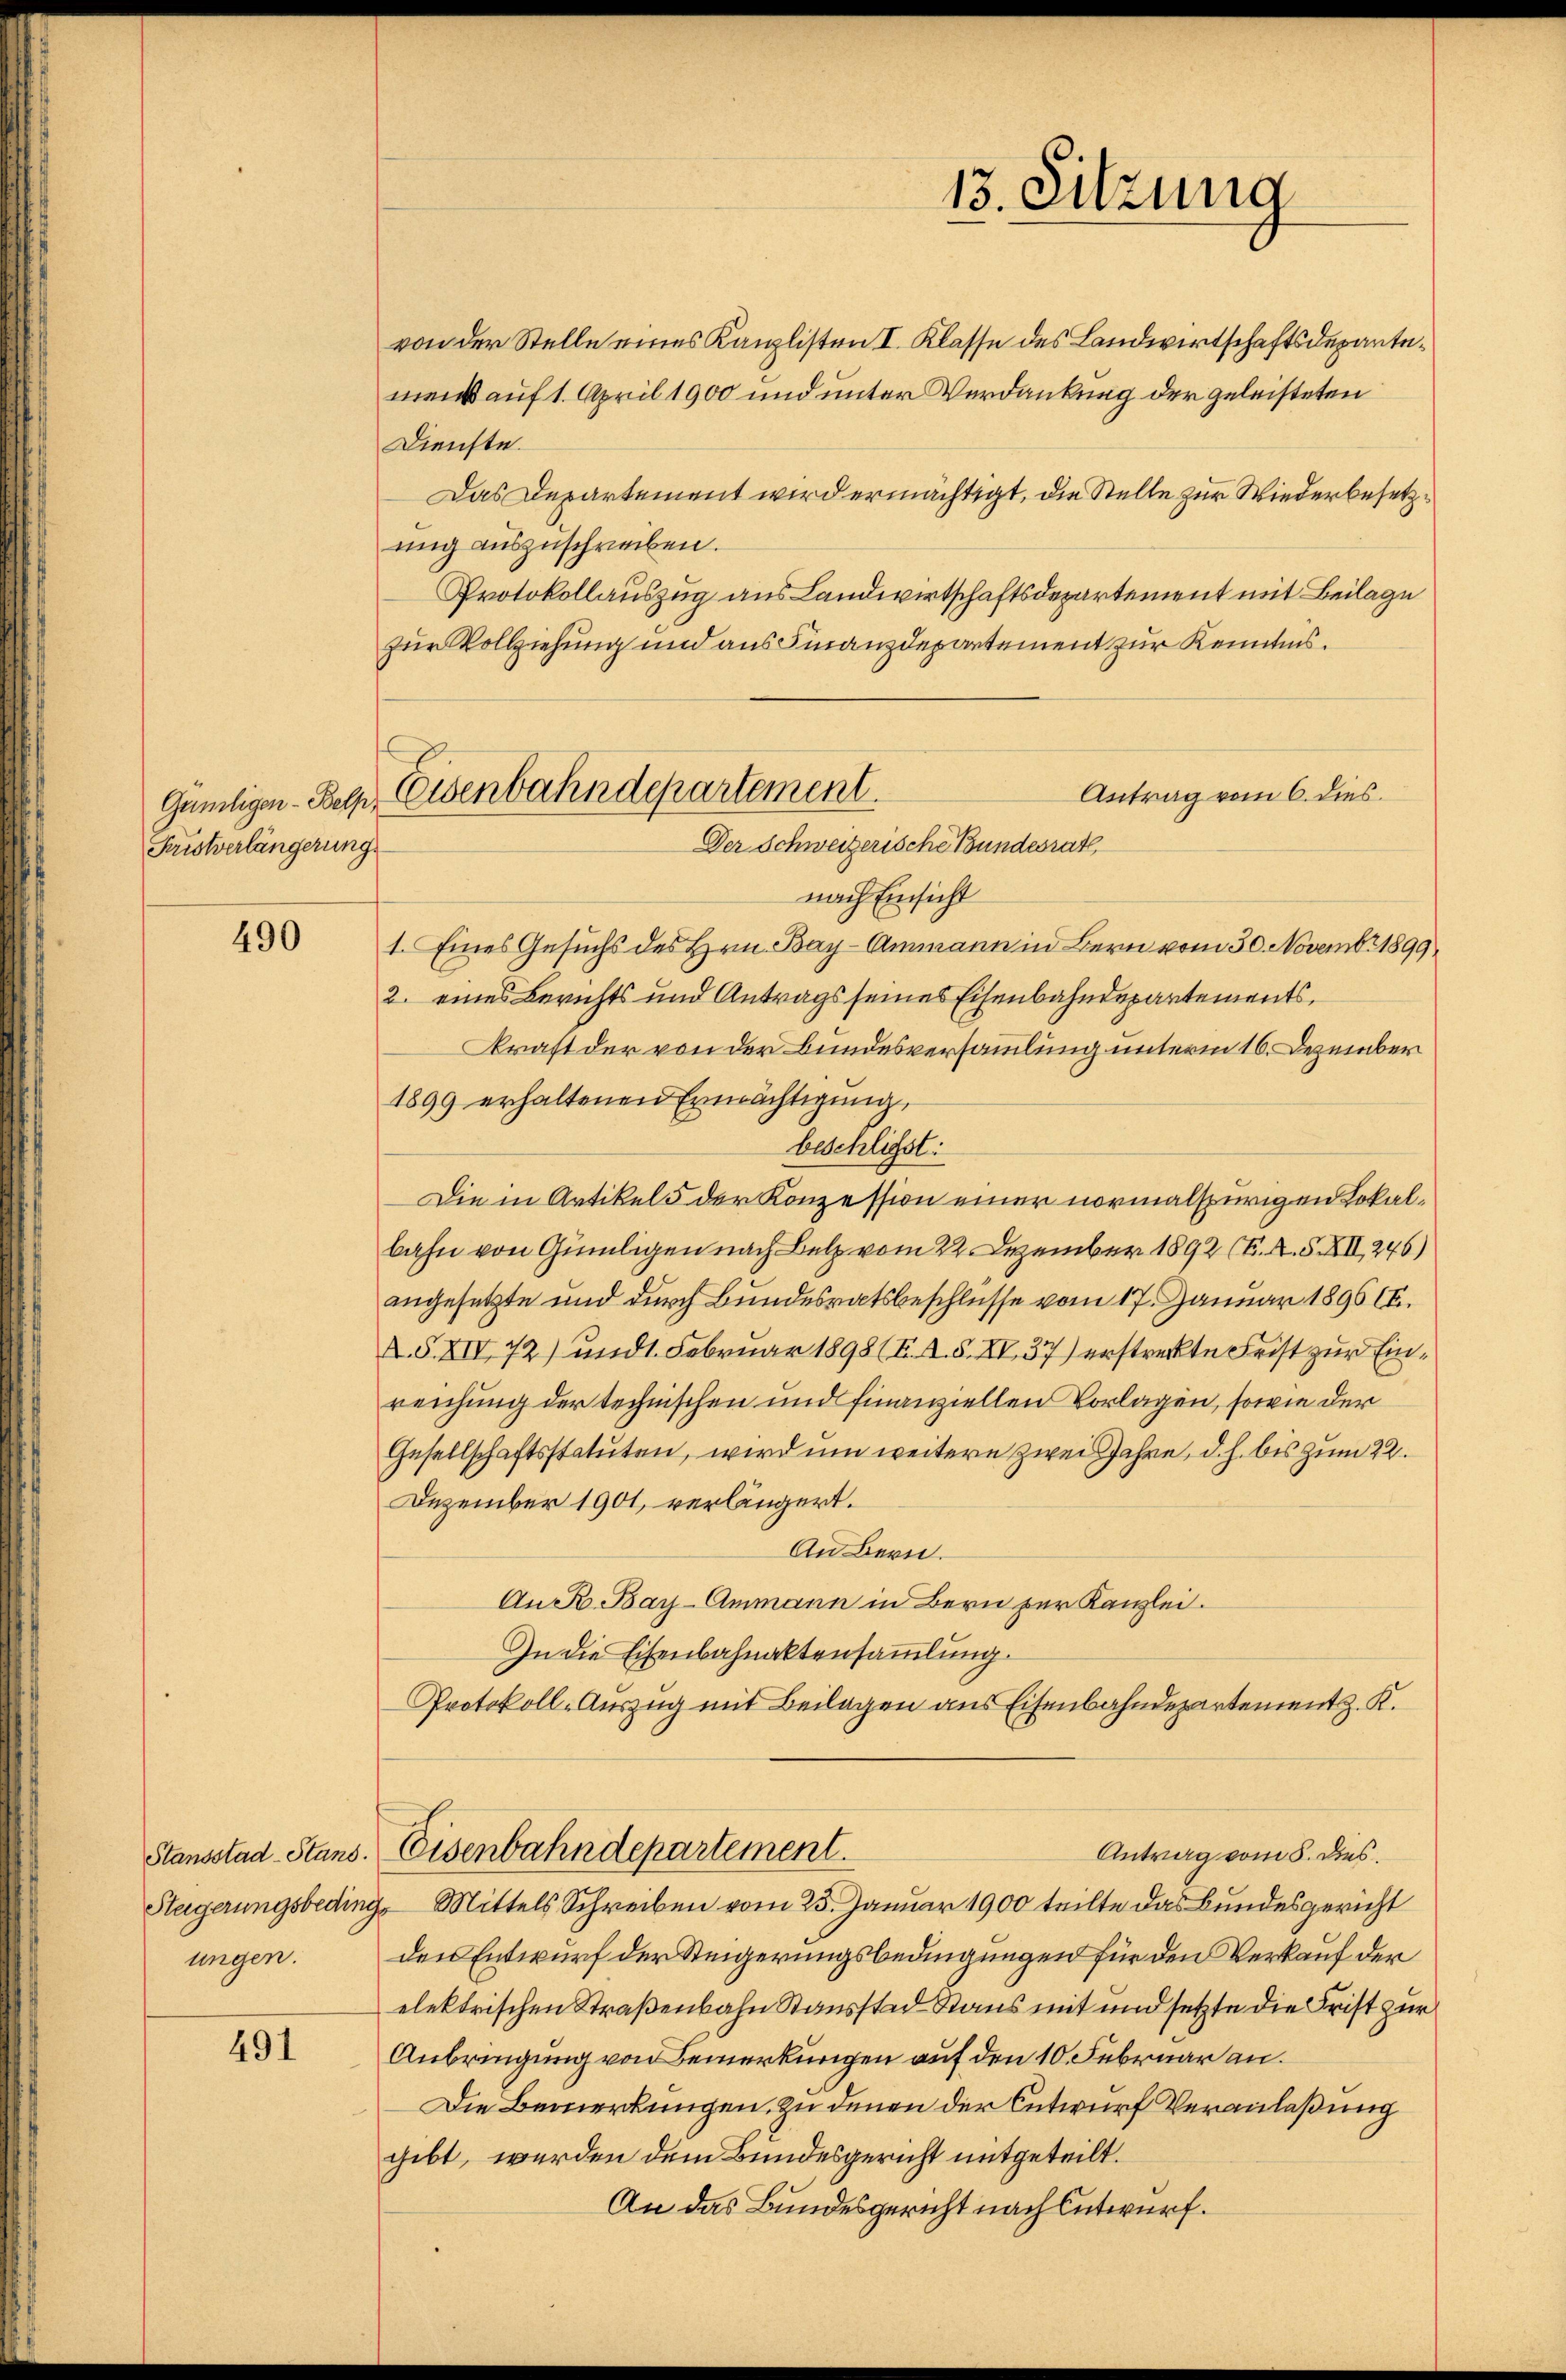
Gumligen - Belpr
Kristverlängerungs

490

Stansstad-Stand.
ungen.

491

von der Stelle eines Kanzlisten I. Klasse des Landwirtschaftsdepartemeist auf 1. April 1900 und unter Verdankung der geleisteten
Dienste.
Das Departement wird ermächtigt, die Stelle zur Wiederbesetzung auszuschreiben.
Protokollauszug aus Landwirtschaftsdepartement mit Beilage
zur Vollziehung und aus Finanzdepartement zur Kenntnis.
Antrag vom 6. dies
nach Einsicht
1. Eines Gesuchs des Hrn. Bay-Ammann in Bern vom 30. Novembr 1899.
2. eines Berichts und Antrags seines Eisenbahndepartements
Kraft der von der Bundesversammlung unterm 16. Dezember
1899 erhaltenen Ermächtigung,
beschliest:
Die in Artikel 5 der Konzession einer normalspurigen Lokalbahn von Gümligen nach Belz vom 22. Dezember 1892 (B. X. XXII 246)
angesetzte und durch Bundesratsbeschlüsse vom 17. Januar 1896 (E.
K.S. XIV 72) und 1. Februar 1898 (I. A. S. XV. 37) erstreckte Frist zur Einreichung der technischen und finanziellen Vorlagen, sowie der
Gesellschaftsstatuten, wird um weitere zwei Jahre, d. h. bis zum 22.
Dezember 1901, verlängert.
An Bern.
An R. Bay-Ammann in Bern zur Kanzlei.
In die Eisenbahnaktensammlung.
Protokoll-Auszug mit Beilagen aus Eisenbahndepartement z. K.
Eisenbahndepartement.
Antrag vom 5. dies
Steigerungsbeding, Mittels Schreiben vom 25. Januar 1900 teilte das Bundesgericht
den Entwurf der Steigerungsbedingungen für den Verkauf der
elektrischen Straßenbahn Stausstad Raus mit und setzte die Frist zur
Anbringung von Bemerkungen auf den 10. Februar an.
Die Bemerkungen, zu denen der Entwurf Veranlaßung
gibt, werden dem Bundesgericht mitgeteilt.
An das Bundesgericht nach Entwurf.

Eisenbahndepartement.
Der Schweizerische Bundesrath

13. Sitzung